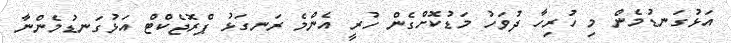
އަޅުގަނޑުމެން މި ހުރިހާ ދުވަހު މަޑުކޮށްގެން ހުރީ އެންމެ ރަނގަޅު ޕްރޮޖެކްޓް އަޅުގަނޑުމެންނާ